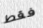
فقط